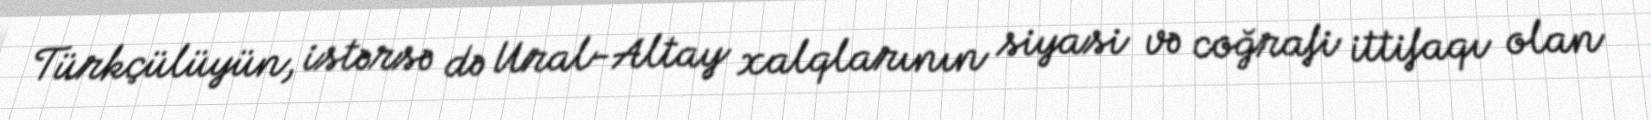
Türkçülüyün, istərsə də Ural-Altay xalqlarının siyasi və coğrafi ittifaqı olan